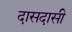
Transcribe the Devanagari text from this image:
दासदासी